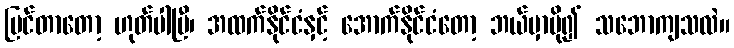
မြင်တာတော့ ဟုတ်ပါပြီ၊ အထက်နိုင်ငံနှင့် အောက်နိုင်ငံတော့ ဘယ်မှာပို၍ သဘောကျသလဲ။